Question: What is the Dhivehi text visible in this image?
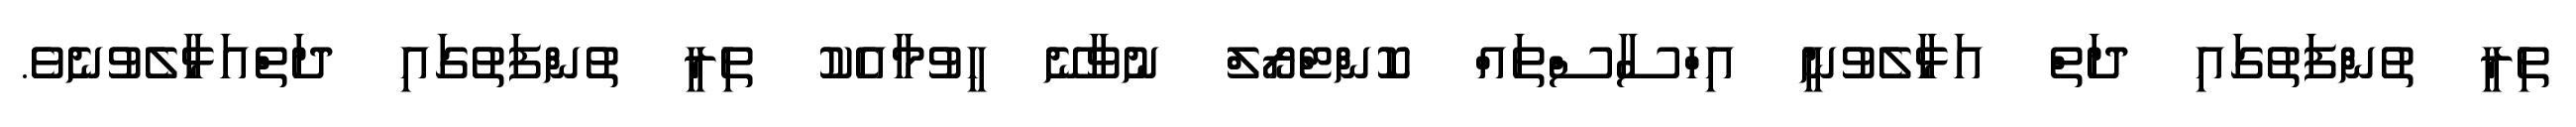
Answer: ތިރީ ތުންފަތުގައި ދަތް އަޅާލެވުނީ އިހްސާސްތައް ކޮންޓްރޯލް ނުވާނޭ ހީވުމާއެކު ތިރީ ތުންފަތުގައި ދަތްއަޅާލެވުނެވެ.